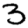
Digit: 3